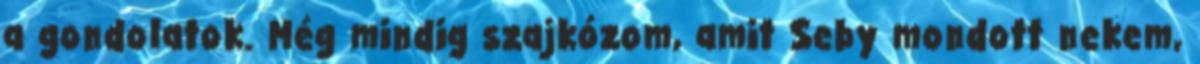
a gondolatok. Még mindig szajkózom, amit Seby mondott nekem,